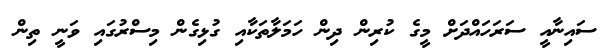
ސައިނާއީ ސަރަހައްދަށް މީގެ ކުރިން ދިން ހަމަލާތަކާއި ގުޅިގެން މިސްރުގައި ވަނީ ތިން